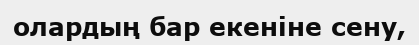
олардың бар екеніне сену,